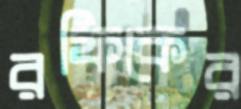
রফিকের